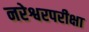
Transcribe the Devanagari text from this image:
नरेश्वरपरीक्षा